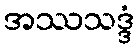
အဿသဒ္ဒံ